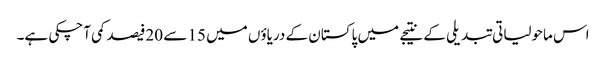
اس ماحولیاتی تبدیلی کے نتیجے میں پاکستان کے دریاؤں میں 15 سے 20فیصد کمی آچکی ہے۔